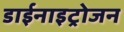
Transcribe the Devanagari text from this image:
डाईनाइट्रोजन